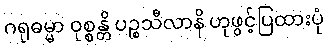
ဂရုဓမ္မာ ဝုစ္စန္တိ ပဉ္စသီလာနိ ဟုဖွင့်ပြထားပုံ